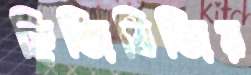
হিজিবিজির